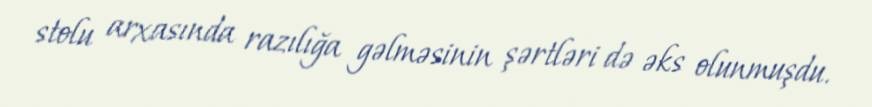
stolu arxasında razılığa gəlməsinin şərtləri də əks olunmuşdu.